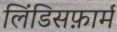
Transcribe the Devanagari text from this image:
लिंडिसफ़ार्म